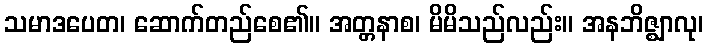
သမာဒပေတ၊ ဆောက်တည်စေ၏။ အတ္တနာစ၊ မိမိသည်လည်း။ အနဘိဇ္ဈာလု၊